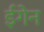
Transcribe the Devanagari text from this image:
ईगेन